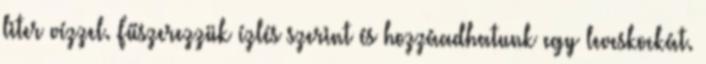
liter vízzel. Fűszerezzük ízlés szerint és hozzáadhatunk egy leveskockát.